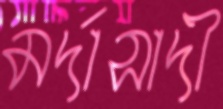
মর্দাসাদী